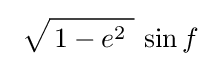
\;{\sqrt {\,1-e^{2}\;}}\,\sin f\;